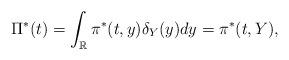
LaTeX: \begin{align*}\Pi^*(t) = \int_{\mathbb{R}}\pi^*(t,y) \delta_Y(y) dy=\pi^*(t,Y),\end{align*}